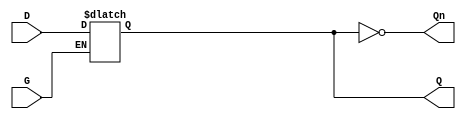
module dual_input_gated_latch (
    input wire D,     // Data Input
    input wire G,     // Gating Input
    output reg Q,     // Output
    output wire Qn    // Complement Output (Q')
);

// Assign the complement output Q' based on the output Q
assign Qn = ~Q;

// Latch behavior
always @(*) begin
    if (G) begin
        Q = D;  // Capture the data input when G is high
    end
    // When G is low, Q retains its previous value (no change)
end

endmodule